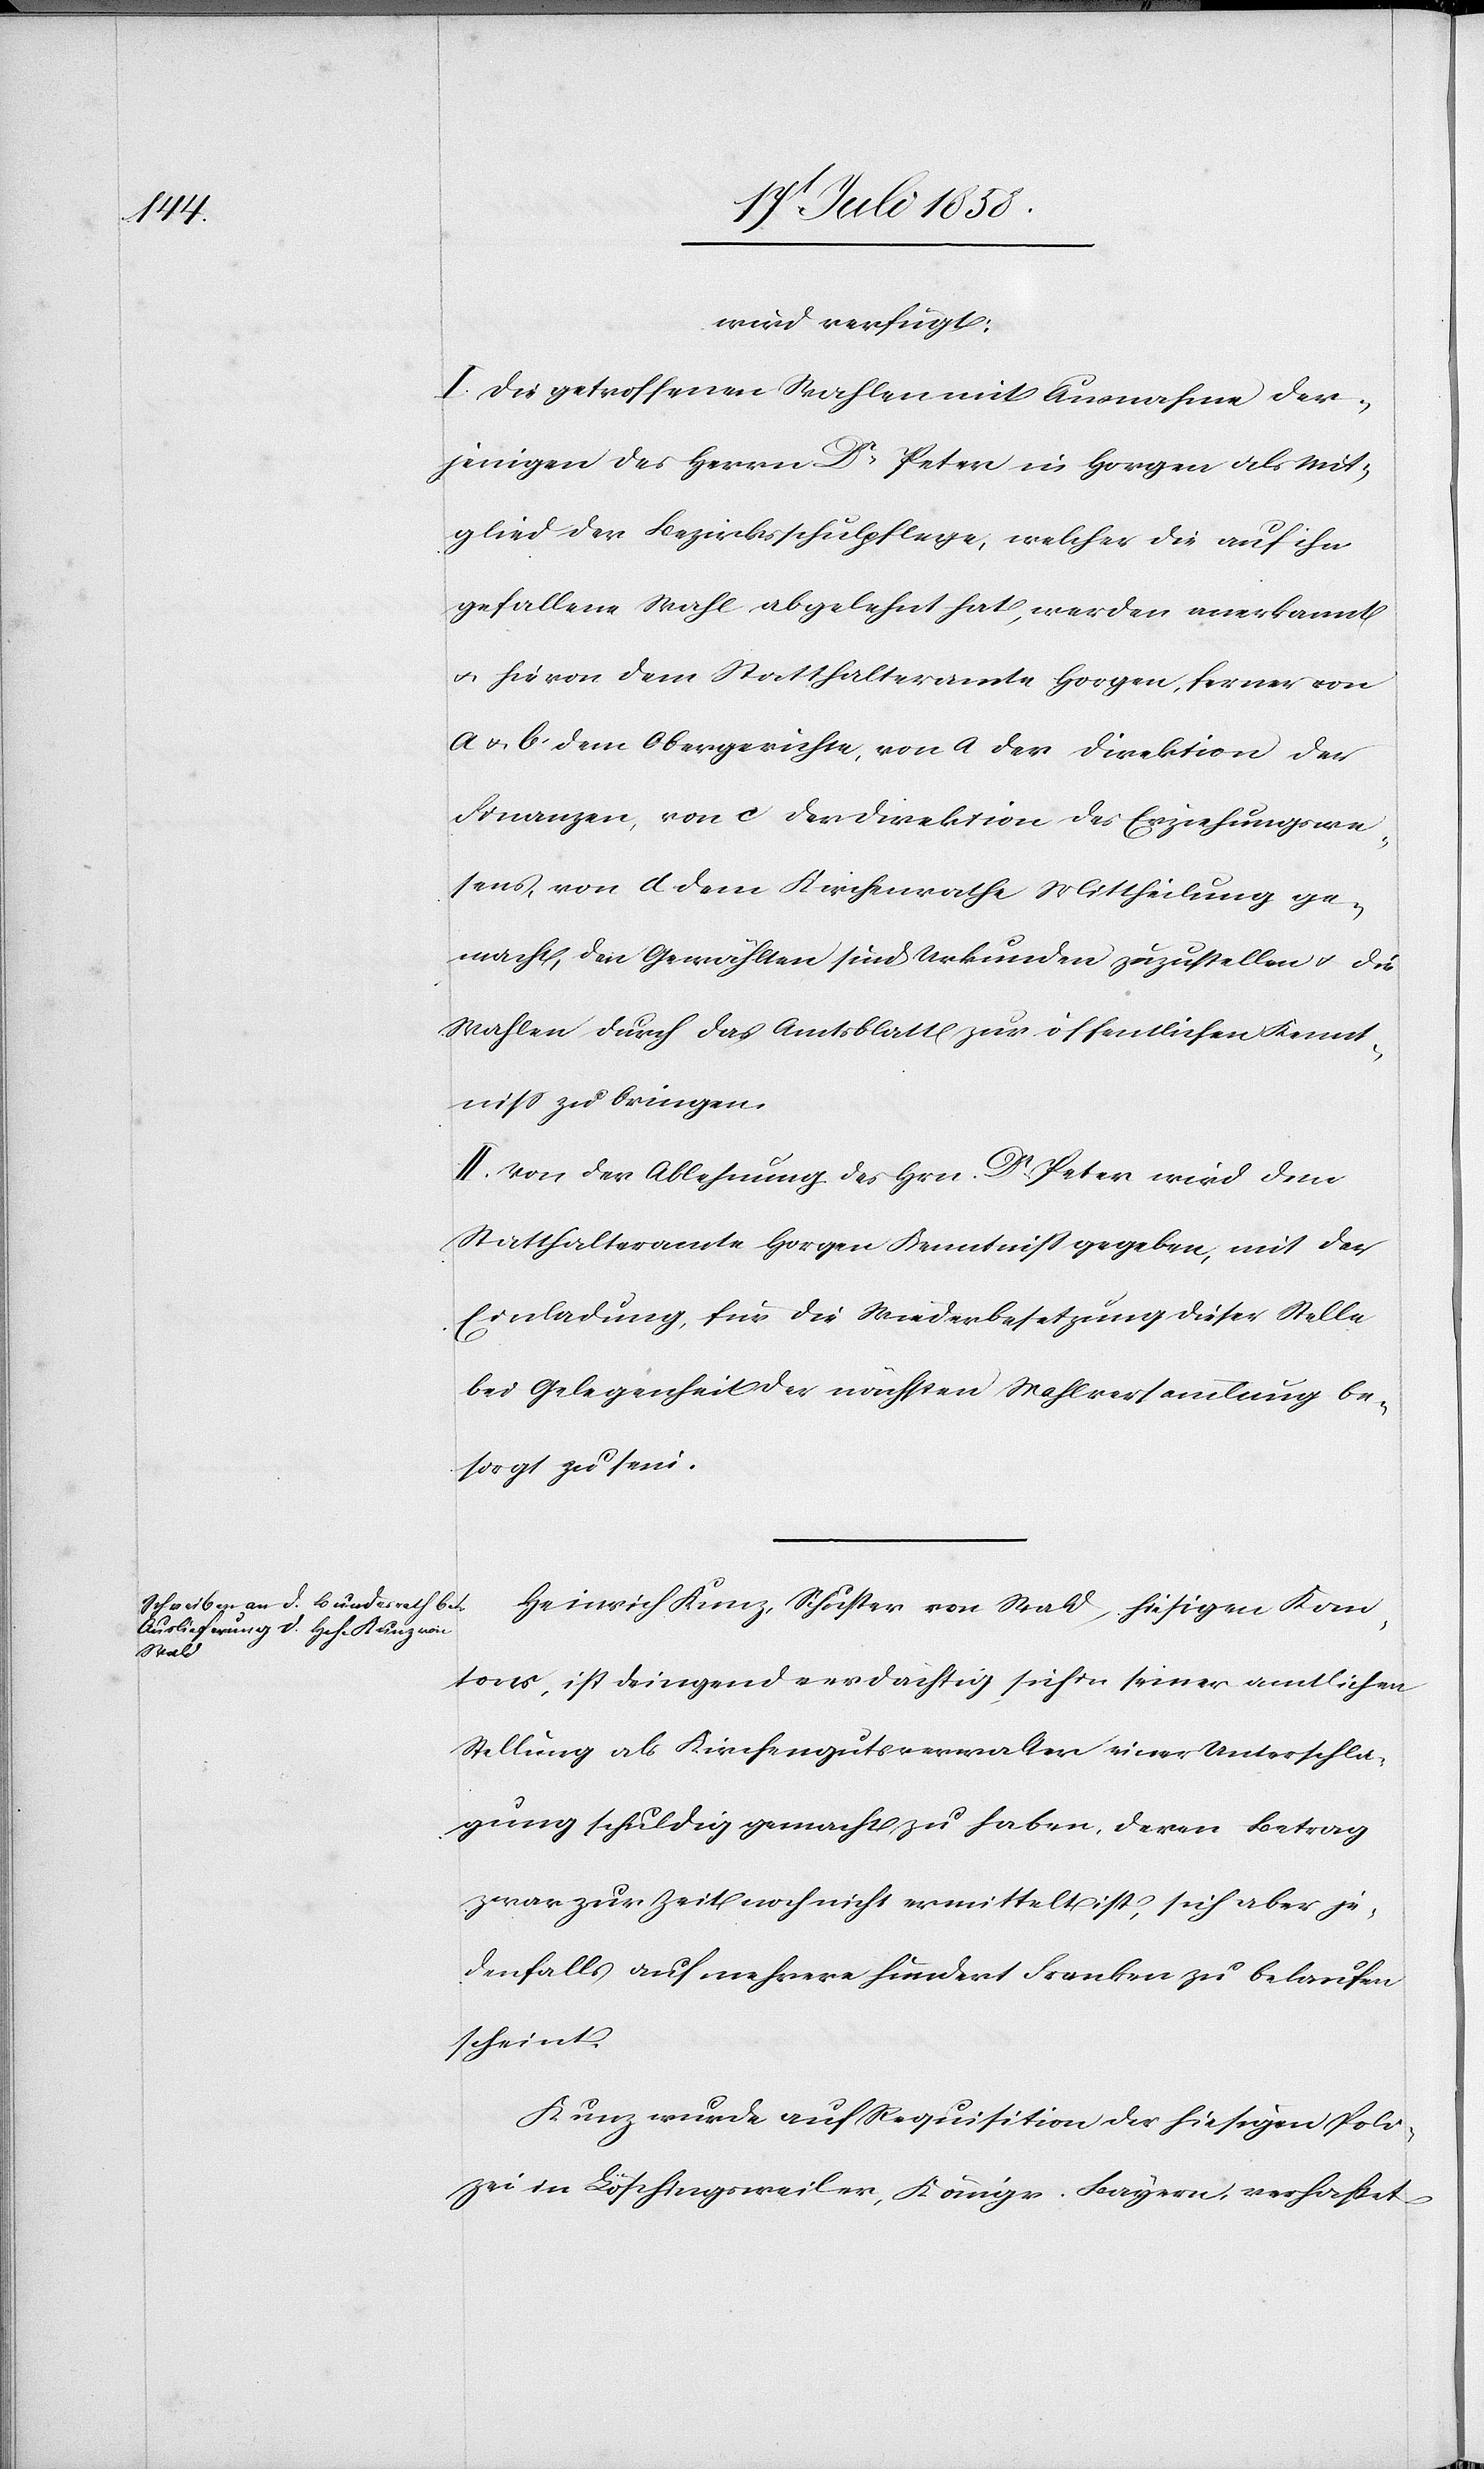
19t Juli 1858.]
wird verfügt:
I. Die getroffenen Wahlen mit Ausnahme der¬
jenigen des Herrn Dr. Peter in Horgen als Mit¬
glied der Bezirksschulpflege, welcher die auf ihn
gefallene Wahl abgelehnt hat, werden anerkannt
& hievon dem Statthalteramte Horgen, ferner von
a & b dem Obergerichte, von a der Direktion der
Finanzen, von c der Direktion des Erziehungswe¬
sens, von d dem Kirchenrathe Mittheilung ge¬
macht, den Gewählten sind Urkunden zuzustellen & die
Wahlen durch das Amtsblatt zur öffentlichen Kennt¬
niss zu bringen.
II. Von der Ablehnung des Hrn. Dr. Peter wird dem
Statthalteramte Horgen Kenntniss gegeben, mit der
Einladung, für die Wiederbesetzung dieser Stelle
bei Gelegenheit der nächsten Wahlversammlung be¬
sorgt zu sein.
Heinrich Kunz, Schuster von Wald, hiesigen Kan¬
tons, ist dringend verdächtig, sich in seiner amtlichen
Stellung als Kirchengutsverwalter einer Unterschla¬
gung schuldig gemacht zu haben, deren Betrag
zwar zur Zeit noch nicht ermittelt ist, sich aber je¬
denfalls auf mehrere hundert Franken zu belaufen
scheint.
Kunz wurde auf Requisition der hiesigen Poli¬
zei in Löschingsweiler, Königr. Bayern, verhaftet